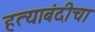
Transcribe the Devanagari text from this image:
हत्याबंदीचा